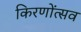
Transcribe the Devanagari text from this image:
किरणोंत्सव